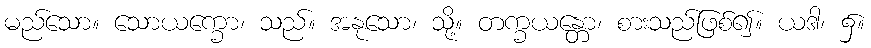
မည်သော။ သောယက္ခော၊ သည်။ အနုသော၊ သို့။ တက္ခယန္တော၊ စားသည်ဖြစ်၍။ ယဒါ၊ ၌။